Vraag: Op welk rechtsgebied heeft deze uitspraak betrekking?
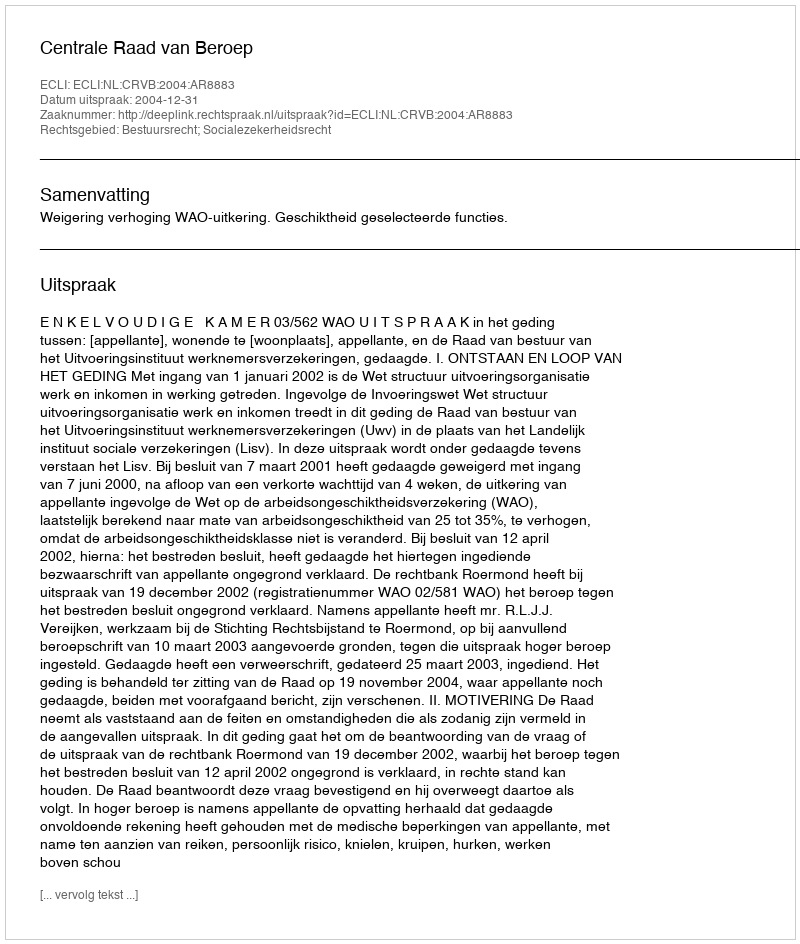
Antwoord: Bestuursrecht; Socialezekerheidsrecht